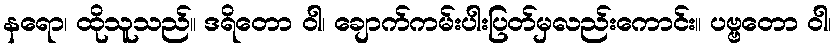
နရော၊ ထိုသူသည်။ ဒရိတော ဝါ၊ ချောက်ကမ်းပါးပြတ်မှလည်းကောင်း။ ပဗ္ဗတော ဝါ၊